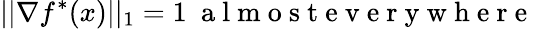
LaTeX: ||\nabla f^{*}(x)||_{1}=1\ \mathrm{~a~l~m~o~s~t~e~v~e~r~y~w~h~e~r~e~}